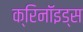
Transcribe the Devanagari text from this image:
क्रिनॉइड्स